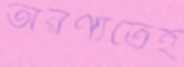
অরণ্যতেই